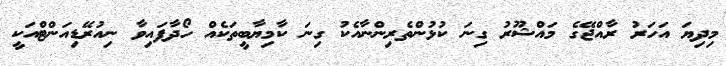
މިދިޔަ އަހަރު ރާއްޖޭގެ މައްޝޫރު ގިނަ ކުޅުންތެރިންނާއެކު ގިނަ ކާމިޔާބީތަކެއް ހޯދާފައިވާ ނިއުރޭޑިއަންޓްއަކީ